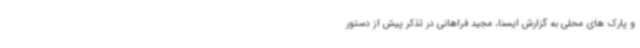
و پارک های محلی به گزارش ایسنا، مجید فراهانی در تذکر پیش از دستور